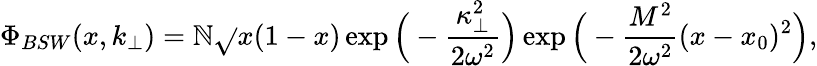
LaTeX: \Phi_{BSW}(x,k_{\bot})={\cal\mathbb{N}}\sqrt{}{{x(1-x)}}\exp\Big(-{\frac{{\kappa_{\bot}^{2}}}{{2\omega^{2}}}}\Big)\exp\Big(-{\frac{{M^{2}}}{{2\omega^{2}}}}(x-x_{0})^{2}\Big),